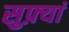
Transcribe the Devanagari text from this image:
सुफ़्यां